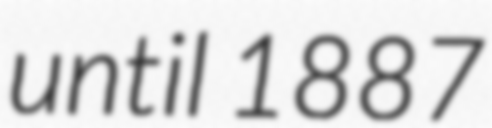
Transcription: until 1887